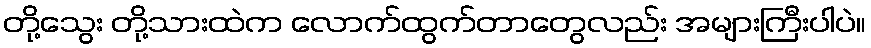
တို့သွေး တို့သားထဲက လောက်ထွက်တာတွေလည်း အများကြီးပါပဲ။